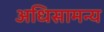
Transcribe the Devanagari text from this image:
अधिसामन्य